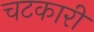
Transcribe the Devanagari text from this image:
चटकारी